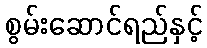
စွမ်းဆောင်ရည်နှင့်